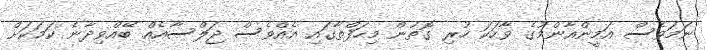
ނަމަވެސް އަމީންއާންމުގެ ވާހަކަ ހުރި ގޮތުން މިހަފްތާގައި އެއްވެސް ޖަލްސާއެއް ބޭއްވިދާނެ ކަމަކަށް